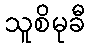
သူစိမုခီ